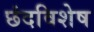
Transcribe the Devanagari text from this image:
छंदविशेष